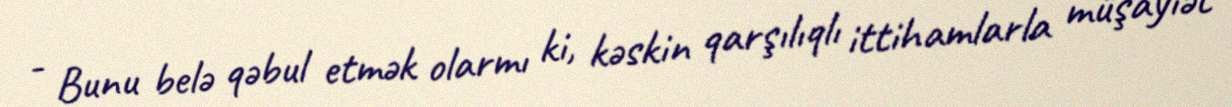
- Bunu belə qəbul etmək olarmı ki, kəskin qarşılıqlı ittihamlarla müşayiət